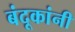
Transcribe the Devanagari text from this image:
बंदूकांनी